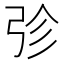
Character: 𭚫